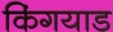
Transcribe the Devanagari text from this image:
किंगयाड